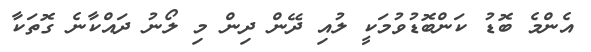
އެންމެ ބޮޑު ކަންބޮޑުވުމަކީ ލުއި ދޭން ދިން މި ލޯނު ދައްކާނެ ގޮތަކާ